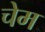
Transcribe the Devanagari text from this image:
चेम